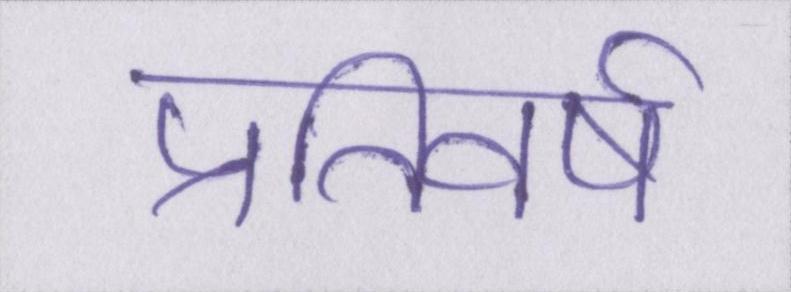
प्रतिवर्ष